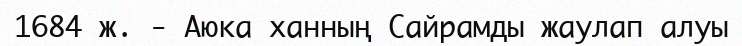
1684 ж. - Аюка ханның Сайрамды жаулап алуы